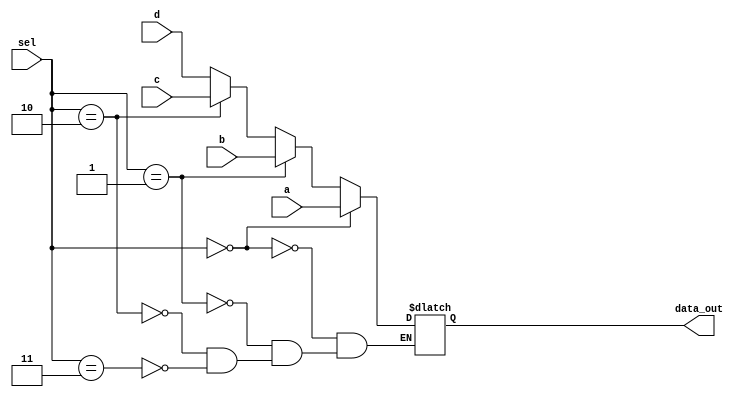
module Pr_Encoder( input [7:0] a,
              input[7:0] b,
              input[7:0] c,
              input[7:0] d,
              input[1:0] sel,
              output reg [7:0] data_out);
    always@ (a or b or c or d or sel)begin
        if (sel ==2'b00) 
            data_out <=a;
        else if (sel==2'b01)
            data_out<=b;
        else if (sel ==2'b10)
            data_out<=c;
        else if (sel ==2'b11)
            data_out<=d;
    end
endmodule